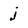
Character: j